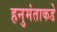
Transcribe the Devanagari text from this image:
हनुमंताकडे